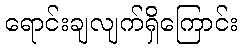
ရောင်းချလျက်ရှိကြောင်း